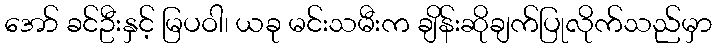
အော် ခင်ဦးနှင့် မြပဝါ၊ ယခု မင်းသမီးက ချိန်းဆိုချက်ပြုလိုက်သည်မှာ